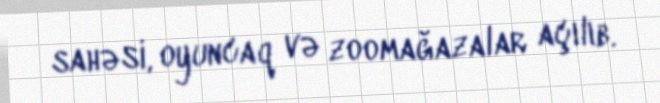
sahəsi, oyuncaq və zoomağazalar açılıb.